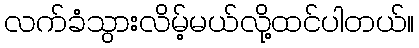
လက်ခံသွားလိမ့်မယ်လို့ထင်ပါတယ်။